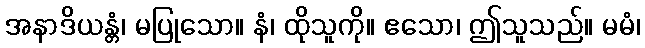
အနာဒိယန္တံ၊ မပြုသော။ နံ၊ ထိုသူကို။ ဧသော၊ ဤသူသည်။ မမံ၊